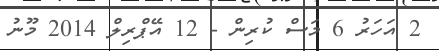
2 އަހަރު 6 މަސް ކުރިން - 12 އޭޕްރިލް 2014 މޫނު